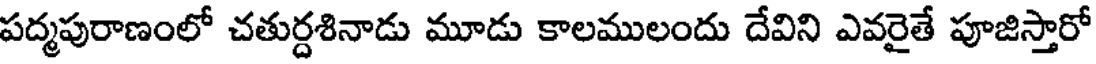
పద్మపురాణంలో చతుర్దశినాడు మూడు కాలములందు దేవిని ఎవరైతే పూజిస్తారో